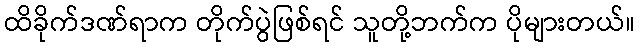
ထိခိုက်ဒဏ်ရာက တိုက်ပွဲဖြစ်ရင် သူတို့ဘက်က ပိုများတယ်။